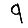
Digit: 9